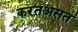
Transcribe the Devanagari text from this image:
करतअसत